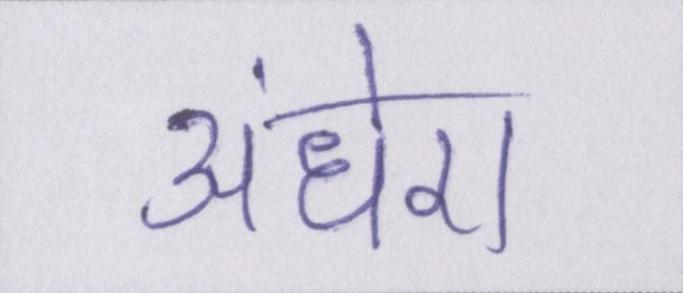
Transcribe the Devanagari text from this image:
अंधेरा